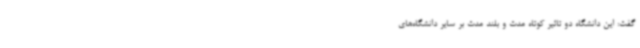
گفت: این دانشگاه دو تاثیر کوتاه مدت و بلند مدت بر سایر دانشگاه‌های